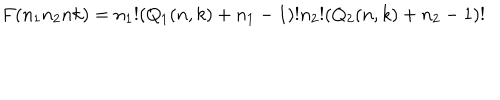
LaTeX: F ( n _ { 1 } n _ { 2 } n k ) = n _ { 1 } ! ( Q _ { 1 } ( n , k ) + n _ { 1 } - 1 ) ! n _ { 2 } ! ( Q _ { 2 } ( n , k ) + n _ { 2 } - 1 ) !